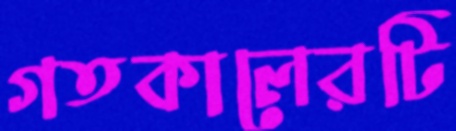
গতকালেরটি